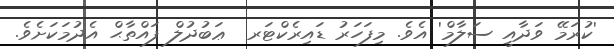
'ކުރަމޭ ވަދާއީ ސަލާމް' އެވެ. މިފަހަރު ޑައިރެކްޓަރ  ޢަބުދުލް ފައްތާޙް އެދުމަކަށެވެ.